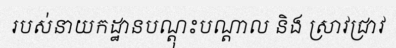
របស់នាយកដ្ឋានបណ្តុះបណ្តាល និង ស្រាវជ្រាវ